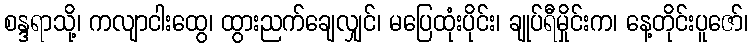
စန္ဒရာသို့၊ ကလျာငါးထွေ၊ ထွားညက်ချေလျှင်၊ မပြေထုံးပိုင်း၊ ချုပ်ရီမှိုင်းက၊ နေ့တိုင်းပူဇော်၊